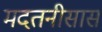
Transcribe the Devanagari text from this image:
मदतनीसास